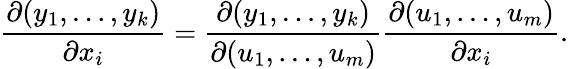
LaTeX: {\frac{\partial(y_{1},\ldots,y_{k})}{\partial x_{i}}}={\frac{\partial(y_{1},\ldots,y_{k})}{\partial(u_{1},\ldots,u_{m})}}{\frac{\partial(u_{1},\ldots,u_{m})}{\partial x_{i}}}.